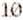
10